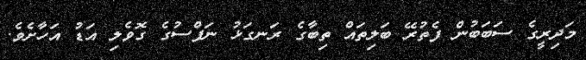
މަދިރީގެ ސަބަބުން ފެތުރޭ ބަލިތައް ތިބާގެ ރަނގަޅު ނަފްސުގެ ގޮވެލި އަޑު އަހާށެވެ.